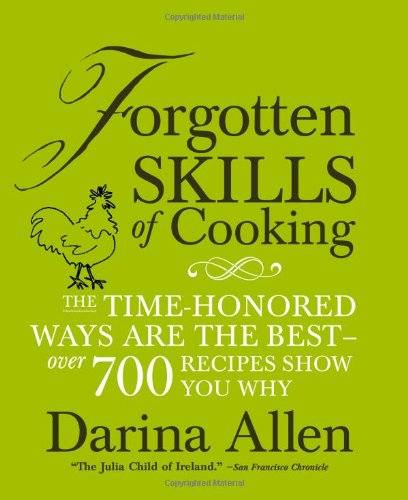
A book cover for Forgotten Skills of Cooking: The Time-Honored Ways are the Best - Over 700 Recipes Show You Why; Darina Allen; Reference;